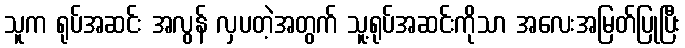
သူက ရုပ်အဆင်း အလွန် လှပတဲ့အတွက် သူ့ရုပ်အဆင်းကိုသာ အလေးအမြတ်ပြုပြီး